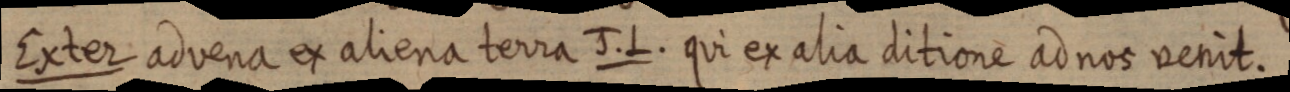
Exter advena ex aliena terra J. L. qui ex alia ditione ad nos venit.